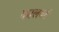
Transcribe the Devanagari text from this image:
कालवर्ट